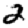
Digit: 2